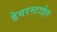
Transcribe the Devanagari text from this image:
हेयरस्टाईल